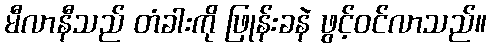
မီလာနီသည် တံခါးကို ဖြုန်းခနဲ ဖွင့်ဝင်လာသည်။